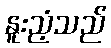
နူးညံ့သည်